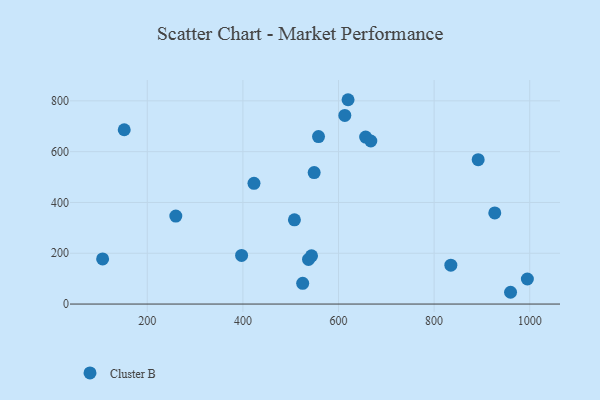
{"axis": {"x": "Experience", "y": "Exam Score"}, "legend": ["Cluster B"], "data": [{"x": "995.1", "y": 98.7, "type": "Cluster B"}, {"x": "926.9", "y": 359.0, "type": "Cluster B"}, {"x": "892.2", "y": 568.4, "type": "Cluster B"}, {"x": "507.8", "y": 331.7, "type": "Cluster B"}, {"x": "613.2", "y": 742.5, "type": "Cluster B"}, {"x": "620.0", "y": 804.5, "type": "Cluster B"}, {"x": "397.3", "y": 191.6, "type": "Cluster B"}, {"x": "537.3", "y": 175.7, "type": "Cluster B"}, {"x": "656.8", "y": 657.3, "type": "Cluster B"}, {"x": "106.6", "y": 177.7, "type": "Cluster B"}, {"x": "525.1", "y": 81.6, "type": "Cluster B"}, {"x": "558.2", "y": 659.6, "type": "Cluster B"}, {"x": "835.0", "y": 153.1, "type": "Cluster B"}, {"x": "423.2", "y": 475.4, "type": "Cluster B"}, {"x": "959.9", "y": 46.4, "type": "Cluster B"}, {"x": "549.1", "y": 517.7, "type": "Cluster B"}, {"x": "543.6", "y": 190.0, "type": "Cluster B"}, {"x": "667.6", "y": 642.0, "type": "Cluster B"}, {"x": "259.7", "y": 346.5, "type": "Cluster B"}, {"x": "151.8", "y": 686.3, "type": "Cluster B"}]}